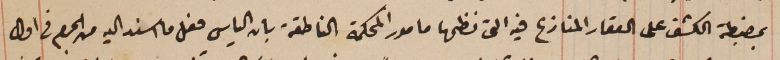
بمضبطة الكشف على العقار المنازع فيه التى نظمها مامور المحكمة الناطقة بان الياس فعل ما اسند اليه من الجرم فى اول
 اول